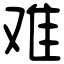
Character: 难